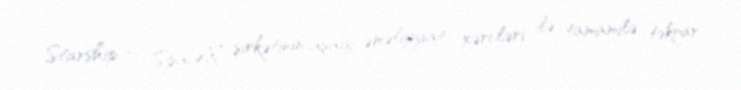
Starship — SpaceX şirkətinin aşağı əməliyyat xərcləri ilə tamamilə təkrar